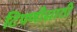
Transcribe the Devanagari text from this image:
टिपणीसाठी